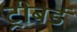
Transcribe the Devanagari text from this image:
ट्रीबर्ड